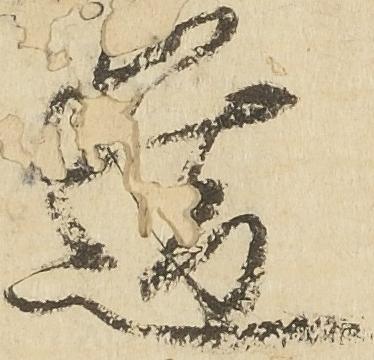
道